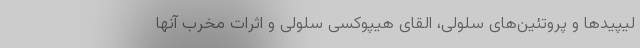
لیپیدها و پروتئین‌های سلولی، القای هیپوکسی سلولی و اثرات مخرب آنها